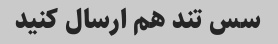
سس تند هم ارسال کنید